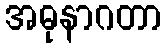
အဓုနာဂတာ